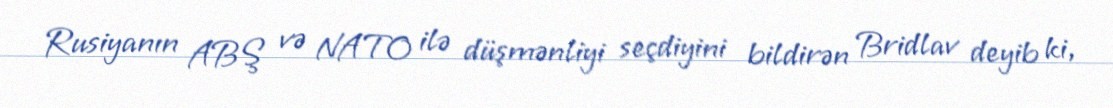
Rusiyanın ABŞ və NATO ilə düşmənliyi seçdiyini bildirən Bridlav deyib ki,